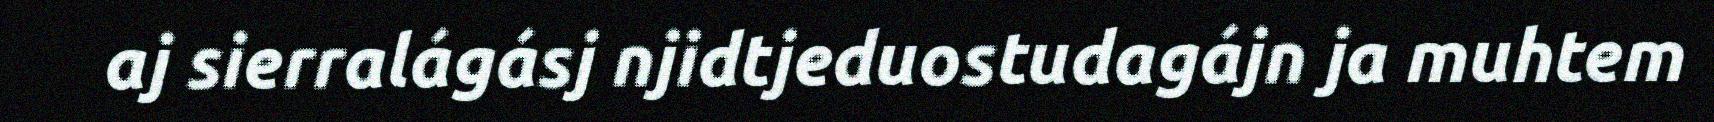
aj sierralágásj njidtjeduostudagájn ja muhtem